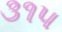
૩૧૫